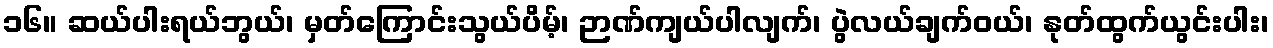
၁၆။ ဆယ်ပါးရယ်ဘွယ်၊ မှတ်ကြောင်းသွယ်ပိမ့်၊ ဉာဏ်ကျယ်ပါလျက်၊ ပွဲလယ်ချက်ဝယ်၊ နုတ်ထွက်ယွင်းပါး၊